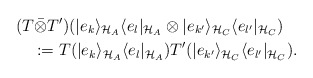
\begin{align*}&(T \bar{\otimes} T')(|e_k\rangle_{\mathcal{H}_A}\langle e_l|_{\mathcal{H}_A}\otimes|e_{k'}\rangle_{\mathcal{H}_C}\langle e_{l'}|_{\mathcal{H}_C})\\&\quad:=T(|e_k\rangle_{\mathcal{H}_A}\langle e_l|_{\mathcal{H}_A})T'(|e_{k'}\rangle_{\mathcal{H}_C}\langle e_{l'}|_{\mathcal{H}_C}).\end{align*}